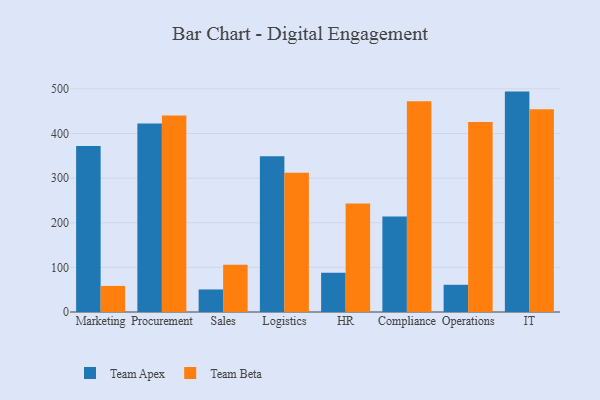
{"axis": {"x": "Department", "y": "Inventory Turnover"}, "legend": ["Team Apex", "Team Beta"], "data": [{"x": "Marketing", "y": 371.8, "type": "Team Apex"}, {"x": "Marketing", "y": 58.4, "type": "Team Beta"}, {"x": "Procurement", "y": 422.2, "type": "Team Apex"}, {"x": "Procurement", "y": 440.5, "type": "Team Beta"}, {"x": "Sales", "y": 50.5, "type": "Team Apex"}, {"x": "Sales", "y": 106.0, "type": "Team Beta"}, {"x": "Logistics", "y": 348.9, "type": "Team Apex"}, {"x": "Logistics", "y": 311.8, "type": "Team Beta"}, {"x": "HR", "y": 87.8, "type": "Team Apex"}, {"x": "HR", "y": 243.4, "type": "Team Beta"}, {"x": "Compliance", "y": 213.8, "type": "Team Apex"}, {"x": "Compliance", "y": 472.5, "type": "Team Beta"}, {"x": "Operations", "y": 61.0, "type": "Team Apex"}, {"x": "Operations", "y": 425.8, "type": "Team Beta"}, {"x": "IT", "y": 493.9, "type": "Team Apex"}, {"x": "IT", "y": 454.6, "type": "Team Beta"}]}